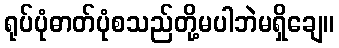
ရုပ်ပုံဓာတ်ပုံစသည်တို့မပါဘဲမရှိချေ။